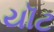
યૉટ